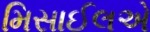
મિસાઈલએ